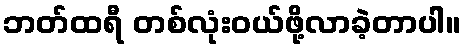
ဘတ်ထရီ တစ်လုံးဝယ်ဖို့လာခဲ့တာပါ။